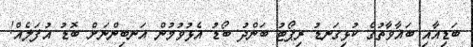
ބަޑިއާއި ބަޣާވާތުގެ ކުޅިގަނޑު ރިޕޯޓު ބަންދު ބޯޑު އެޅުވުމުން އަނބިންނަށް ބޮޑު އުފަލެއް!